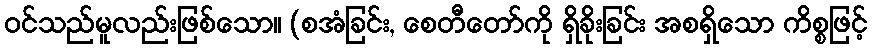
ဝင်သည်မူလည်းဖြစ်သော။ (စအံခြင်း, စေတီတော်ကို ရှိခိုးခြင်း အစရှိသော ကိစ္စဖြင့်